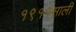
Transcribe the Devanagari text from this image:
१९१९साली